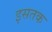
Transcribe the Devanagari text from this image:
इसतक